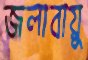
জলাবায়ু